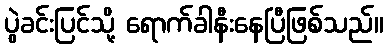
ပွဲခင်းပြင်သို့ ရောက်ခါနီးနေပြီဖြစ်သည်။